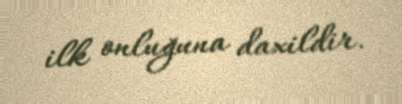
ilk onluğuna daxildir.